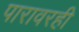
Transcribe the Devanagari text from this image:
पारावरही